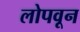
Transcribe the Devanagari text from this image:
लोपवून